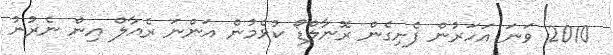
2010 ވަނަ އަހަރުން ފެށިގެން ރޮނާލްޑޯ ކުޅެމުން އަންނަ ރެއާލް އިން ނެރުނު